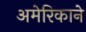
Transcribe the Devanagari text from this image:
अमेरिकाने